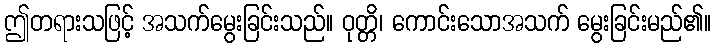
ဤတရားသဖြင့် အသက်မွေးခြင်းသည်။ ဝုတ္တိ၊ ကောင်းသောအသက် မွေးခြင်းမည်၏။